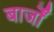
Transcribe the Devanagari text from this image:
बार्जों